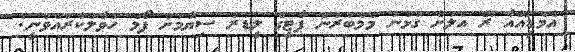
އެމްޑީއޭއާ ރޭ އަލަށް ގުޅުނު މެމްބަރުން ޕާޓީގެ ލީޑަރު ސިޔާމަށް ފޯމް ހަވާލުކުރައްވަނީ: